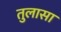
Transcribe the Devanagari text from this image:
तुलासा